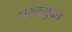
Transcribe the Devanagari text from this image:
परतयुक्त